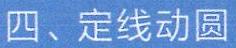
四、定线动圆